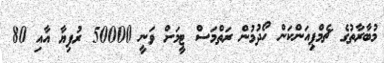
މުބާރާތުގެ ޗެމްޕިއަންކަން ހޯދުމުން ރަތްމަސް ޓީމަށް ވަނީ 50000 ރުފިޔާ އާއި 80